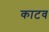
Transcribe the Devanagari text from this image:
काटव